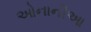
ઓનાનીઆ